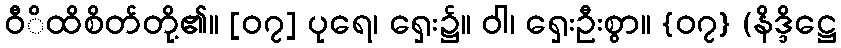
ဝီိထိစိတ်တို့၏။ [၀၇] ပုရေ၊ ရှေး၌။ ဝါ၊ ရှေးဦးစွာ။ {၀၇} (နိဒ္ဒိဋ္ဌေ